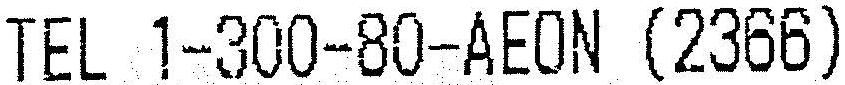
TEL 1-300-80-AEON (2366)